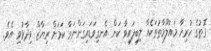
ގޮތުގެ ހުރިހާ މައުލޫމާތުތަކެއް ލިބިފައިވާ ކަން އެނގިވަޑައިގަންނަވާ ކަމަށް ރިޔާޒް ވިދާޅުވި އެވެ.